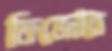
ফিজোর